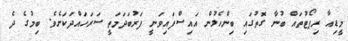
މީޑިއާ ރިޕޯޓުތައް ބުނާ ގޮތުގައި ބިންހެލުން އައިސްފައިވަނީ ފަރުބަދަމަތީ ސަރަހައްދަކަށެވެ. ބިމުގެ ދެ